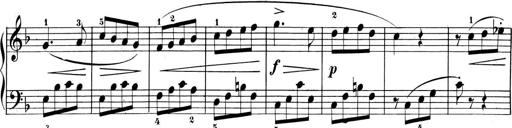
Title: 6 Piano Sonatinas
Composer: Cornelius Gurlitt